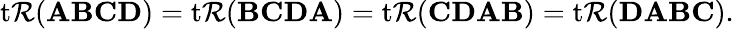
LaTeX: \operatorname{t\mathcal{R}}(\mathbf{{A}}\mathbf{{B}}\mathbf{{C}}\mathbf{{D}})=\operatorname{t\mathcal{R}}(\mathbf{{B}}\mathbf{{C}}\mathbf{{D}}\mathbf{{A}})=\operatorname{t\mathcal{R}}(\mathbf{{C}}\mathbf{{D}}\mathbf{{A}}\mathbf{{B}})=\operatorname{t\mathcal{R}}(\mathbf{{D}}\mathbf{{A}}\mathbf{{B}}\mathbf{{C}}).